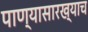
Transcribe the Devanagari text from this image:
पाण्यासारख्याच